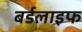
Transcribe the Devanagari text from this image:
बर्डलाइफ